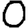
Digit: 0